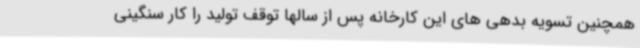
همچنین تسویه بدهی های این کارخانه پس از سالها توقف تولید را کار سنگینی